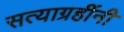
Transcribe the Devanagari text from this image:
सत्याग्रहींनी